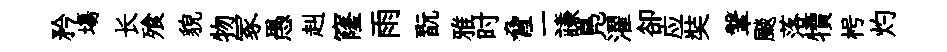
矜塲长飱貌物冢愚赳窿雨翫雅时脅二謙鳬濯卻应奘鞶颷落犢枵灼